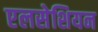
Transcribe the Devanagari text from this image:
एलसेशियन